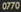
0770